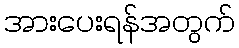
အားပေးရန်အတွက်